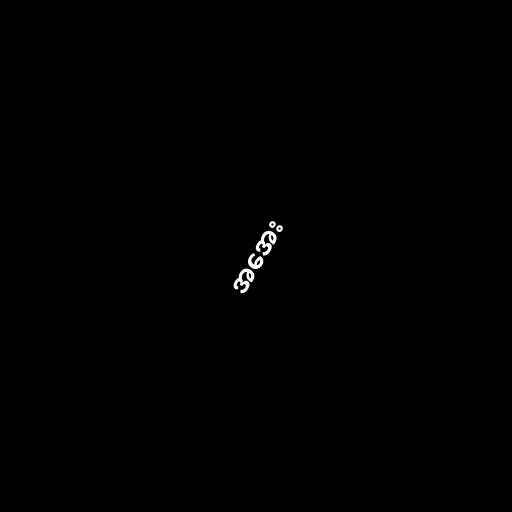
အအေး